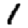
Digit: 1